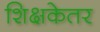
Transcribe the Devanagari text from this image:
शिक्षकेतर